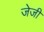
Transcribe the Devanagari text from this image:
जेजी